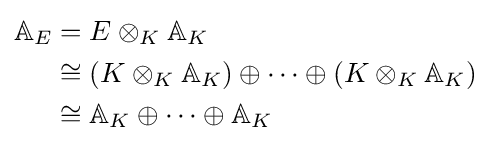
{\begin{aligned}\mathbb {A} _{E}&=E\otimes _{K}\mathbb {A} _{K}\\&\cong (K\otimes _{K}\mathbb {A} _{K})\oplus \cdots \oplus (K\otimes _{K}\mathbb {A} _{K})\\&\cong \mathbb {A} _{K}\oplus \cdots \oplus \mathbb {A} _{K}\end{aligned}}